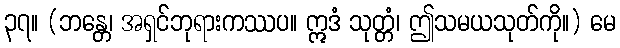
၃၇။ (ဘန္တေ၊ အရှင်ဘုရားကဿပ။ ဣဒံ သုတ္တံ၊ ဤသမယသုတ်ကို။) မေ